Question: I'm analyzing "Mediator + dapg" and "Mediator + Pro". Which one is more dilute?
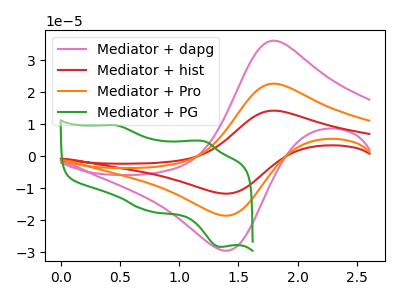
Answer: <think>The pink curve "Mediator + dapg" has an anodic peak at (1.80V, 36.15uA) and a cathodic peak at (1.35V, -29.45uA). The red curve "Mediator + hist" has an anodic peak at (1.80V, 45.45uA) and a cathodic peak at (1.35V, -37.05uA). The orange curve "Mediator + Pro" has an anodic peak at (1.80V, 22.75uA) and a cathodic peak at (1.35V, -18.50uA). The green curve "Mediator + PG" has anodic peaks at (0.45V, 9.75uA) (1.20V, 4.65uA) and cathodic peaks at (0.75V, -17.05uA) (1.35V, -28.30uA).
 All the peaks in "Mediator + dapg" have a peak in "Mediator + Pro" at the same potential. Every peak in "Mediator + dapg" is higher than every peak in "Mediator + Pro".</think>
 <answer>"Mediator + dapg" has more signal than "Mediator + Pro" and so likely has a higher concentration.</answer>
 <eval>more_concentration</eval>